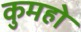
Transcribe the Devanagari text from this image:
कुमहो